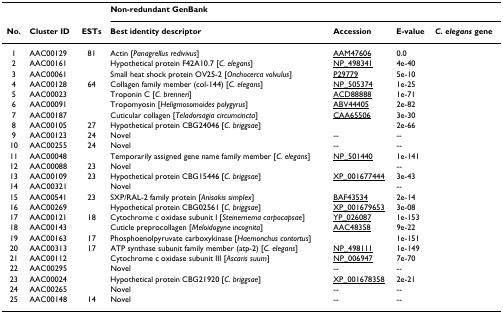
<table><thead><tr><td>[EMPTY_CELL]</td><td>[EMPTY_CELL]</td><td>[EMPTY_CELL]</td><td colspan="4"><b>Non-redundant GenBank</b></td></tr><tr><td><b>No.</b></td><td><b>Cluster ID</b></td><td><b>ESTs</b></td><td><b>Best identity descriptor</b></td><td><b>Accession</b></td><td><b>E-value</b></td><td><b><i>C. elegans </i>gene</b></td></tr></thead><tbody><tr><td>1</td><td>AAC00129</td><td>81</td><td>Actin [<i>Panagrellus redivivus</i>]</td><td>AAM47606</td><td>0.0</td><td>[EMPTY_CELL]</td></tr><tr><td>2</td><td>AAC00161</td><td>[EMPTY_CELL]</td><td>Hypothetical protein F42A10.7 [<i>C. elegans</i>]</td><td>NP_498341</td><td>4e-40</td><td>[EMPTY_CELL]</td></tr><tr><td>3</td><td>AAC00061</td><td>[EMPTY_CELL]</td><td>Small heat shock protein OV25-2 [<i>Onchocerca volvulus</i>]</td><td>P29779</td><td>5e-10</td><td>[EMPTY_CELL]</td></tr><tr><td>4</td><td>AAC00128</td><td>64</td><td>Collagen family member (col-144) [<i>C. elegans</i>]</td><td>NP_505374</td><td>1e-25</td><td>[EMPTY_CELL]</td></tr><tr><td>5</td><td>AAC00023</td><td>[EMPTY_CELL]</td><td>Troponin C [<i>C. brenneri</i>]</td><td>ACD88888</td><td>1e-71</td><td>[EMPTY_CELL]</td></tr><tr><td>6</td><td>AAC00091</td><td>[EMPTY_CELL]</td><td>Tropomyosin [<i>Heligmosomoides polygyrus</i>]</td><td>ABV44405</td><td>2e-82</td><td>[EMPTY_CELL]</td></tr><tr><td>7</td><td>AAC00187</td><td>[EMPTY_CELL]</td><td>Cuticular collagen [<i>Teladorsagia circumcincta</i>]</td><td>CAA65506</td><td>3e-30</td><td>[EMPTY_CELL]</td></tr><tr><td>8</td><td>AAC00105</td><td>27</td><td>Hypothetical protein CBG24046 [<i>C. briggsae</i>]</td><td>[EMPTY_CELL]</td><td>2e-66</td><td>[EMPTY_CELL]</td></tr><tr><td>9</td><td>AAC00123</td><td>24</td><td>Novel</td><td>--</td><td>--</td><td>[EMPTY_CELL]</td></tr><tr><td>10</td><td>AAC00255</td><td>24</td><td>Novel</td><td>--</td><td>--</td><td>[EMPTY_CELL]</td></tr><tr><td>11</td><td>AAC00048</td><td>[EMPTY_CELL]</td><td>Temporarily assigned gene name family member [<i>C. elegans</i>]</td><td>NP_501440</td><td>1e-141</td><td>[EMPTY_CELL]</td></tr><tr><td>12</td><td>AAC00088</td><td>23</td><td>Novel</td><td>[EMPTY_CELL]</td><td>--</td><td>[EMPTY_CELL]</td></tr><tr><td>13</td><td>AAC00109</td><td>23</td><td>Hypothetical protein CBG15446 [<i>C. briggsae</i>]</td><td>XP_001677444</td><td>3e-43</td><td>[EMPTY_CELL]</td></tr><tr><td>14</td><td>AAC00321</td><td>[EMPTY_CELL]</td><td>Novel</td><td>[EMPTY_CELL]</td><td>--</td><td>[EMPTY_CELL]</td></tr><tr><td>15</td><td>AAC00541</td><td>23</td><td>SXP/RAL-2 family protein [<i>Anisakis simplex</i>]</td><td>BAF43534</td><td>2e-14</td><td>[EMPTY_CELL]</td></tr><tr><td>16</td><td>AAC00269</td><td>[EMPTY_CELL]</td><td>Hypothetical protein CBG02561 [<i>C. briggsae</i>]</td><td>XP_001679653</td><td>3e-08</td><td>[EMPTY_CELL]</td></tr><tr><td>17</td><td>AAC00121</td><td>18</td><td>Cytochrome c oxidase subunit I [<i>Steinernema carpocapsae</i>]</td><td>YP_026087</td><td>1e-153</td><td>[EMPTY_CELL]</td></tr><tr><td>18</td><td>AAC00143</td><td>[EMPTY_CELL]</td><td>Cuticle preprocollagen [<i>Meloidogyne incognita</i>]</td><td>AAC48358</td><td>9e-22</td><td>[EMPTY_CELL]</td></tr><tr><td>19</td><td>AAC00163</td><td>17</td><td>Phosphoenolpyruvate carboxykinase [<i>Haemonchus contortus</i>]</td><td>[EMPTY_CELL]</td><td>1e-151</td><td>[EMPTY_CELL]</td></tr><tr><td>20</td><td>AAC00313</td><td>17</td><td>ATP synthase subunit family member (atp-2) [<i>C. elegans</i>]</td><td>NP_498111</td><td>1e-149</td><td>[EMPTY_CELL]</td></tr><tr><td>21</td><td>AAC00112</td><td>[EMPTY_CELL]</td><td>Cytochrome c oxidase subunit III [<i>Ascaris suum</i>]</td><td>NP_006947</td><td>7e-70</td><td>[EMPTY_CELL]</td></tr><tr><td>22</td><td>AAC00295</td><td>[EMPTY_CELL]</td><td>Novel</td><td>--</td><td>--</td><td>[EMPTY_CELL]</td></tr><tr><td>23</td><td>AAC00024</td><td>[EMPTY_CELL]</td><td>Hypothetical protein CBG21920 [<i>C. briggsae</i>]</td><td>XP_001678358</td><td>2e-21</td><td>[EMPTY_CELL]</td></tr><tr><td>24</td><td>AAC00265</td><td>[EMPTY_CELL]</td><td>Novel</td><td>--</td><td>--</td><td>[EMPTY_CELL]</td></tr><tr><td>25</td><td>AAC00148</td><td>14</td><td>Novel</td><td>--</td><td>--</td><td>[EMPTY_CELL]</td></tr></tbody></table>